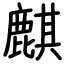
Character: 麒